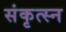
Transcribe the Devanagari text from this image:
संकृत्स्न